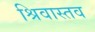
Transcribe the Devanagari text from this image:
श्रिवास्तव